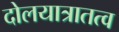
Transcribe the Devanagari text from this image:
दोलयात्रातत्व